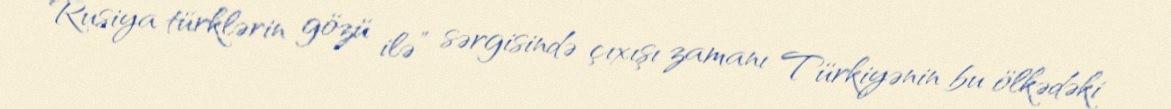
“Rusiya türklərin gözü ilə” sərgisində çıxışı zamanı Türkiyənin bu ölkədəki